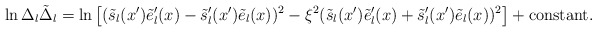
\begin{align*}\ln\Delta_l\tilde\Delta_l=\ln\left[(\tilde s_l(x')\tilde e_l'(x)-\tilde s_l'(x')\tilde e_l(x))^2-\xi^2(\tilde s_l(x')\tilde e_l'(x)+\tilde s_l'(x')\tilde e_l(x))^2\right]+\mbox{constant}.\end{align*}